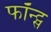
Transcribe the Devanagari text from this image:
फॉन्‍ट्स